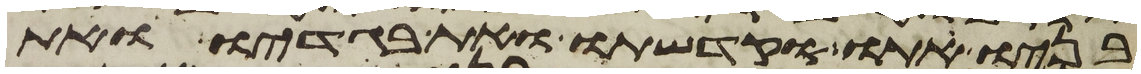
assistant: בניו אתו וקדשתו ואת בגדיו ואת